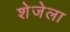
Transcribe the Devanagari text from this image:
शेजेला